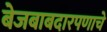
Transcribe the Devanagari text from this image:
बेजबाबदारपणाचे